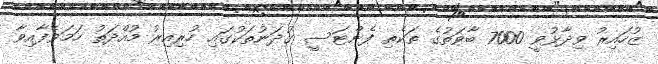
ޒުހައިރު ވިދާޅުވީ 7000 ބާވަތުގެ ތަކެތި ފެންޓަސީ ގުދަނުތަކުގައި ހުރިއިރު މުއްދަތު ހަމަވެފާއިވާ